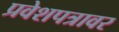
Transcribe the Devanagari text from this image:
प्रवेशपत्रावर